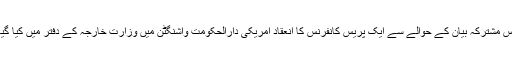
اِس مشترکہ بیان کے حوالے سے ایک پریس کانفرنس کا انعقاد امریکی دارالحکومت واشنگٹن میں وزارتِ خارجہ کے دفتر میں کیا گیا۔